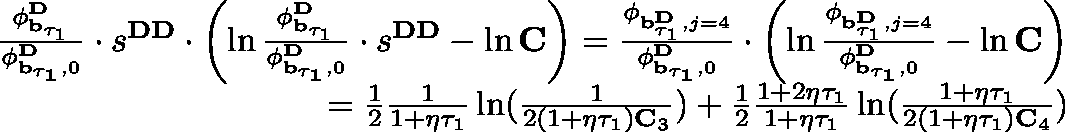
\begin{array} { r } { \frac { \mathbf { \phi } _ { \mathbf { b } _ { \tau _ { 1 } } } ^ { \mathbf { D } } } { \mathbf { \phi } _ { \mathbf { { b } _ { \tau _ { 1 } } } , 0 } ^ { \mathbf { D } } } \cdot s ^ { \mathbf { D D } } \cdot \left( \ln \frac { \mathbf { \phi } _ { \mathbf { b } _ { \tau _ { 1 } } } ^ { \mathbf { D } } } { \mathbf { \phi } _ { \mathbf { { b } _ { \tau _ { 1 } } } , 0 } ^ { \mathbf { D } } } \cdot s ^ { \mathbf { D D } } - \ln \mathbf { C } \right) = \frac { \mathbf { \phi } _ { \mathbf { b } _ { \tau _ { 1 } } ^ { \mathbf { D } } , j = 4 } } { \mathbf { \phi } _ { \mathbf { { b } _ { \tau _ { 1 } } } , 0 } ^ { \mathbf { D } } } \cdot \left( \ln \frac { \mathbf { \phi } _ { \mathbf { b } _ { \tau _ { 1 } } ^ { \mathbf { D } } , j = 4 } } { \mathbf { \phi } _ { \mathbf { { b } _ { \tau _ { 1 } } } , 0 } ^ { \mathbf { D } } } - \ln \mathbf { C } \right) } \\ { = \frac { 1 } { 2 } \frac { 1 } { 1 + \eta \tau _ { 1 } } \ln ( \frac { 1 } { 2 ( 1 + \eta \tau _ { 1 } ) \mathbf { C } _ { 3 } } ) + \frac { 1 } { 2 } \frac { 1 + 2 \eta \tau _ { 1 } } { 1 + \eta \tau _ { 1 } } \ln ( \frac { 1 + \eta \tau _ { 1 } } { 2 ( 1 + \eta \tau _ { 1 } ) \mathbf { C } _ { 4 } } ) } \end{array}